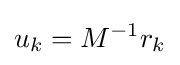
u_{k}=M^{-1}r_{k}